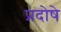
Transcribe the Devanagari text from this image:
प्रदोषे